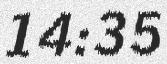
14:35